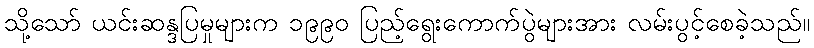
သို့သော် ယင်းဆန္ဒပြမှုများက ၁၉၉၀ ပြည့်ရွေးကောက်ပွဲများအား လမ်းပွင့်စေခဲ့သည်။